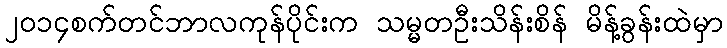
၂၀၁၄စက်တင်ဘာလကုန်ပိုင်းက သမ္မတဦးသိန်းစိန် မိန့်ခွန်းထဲမှာ